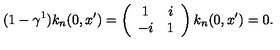
( 1 - \gamma ^ { 1 } ) k _ { n } ( 0 , x ^ { \prime } ) = \left( \begin{array} { c c } { 1 } & { i } \\ { - i } & { 1 } \\ \end{array} \right) k _ { n } ( 0 , x ^ { \prime } ) = 0 .